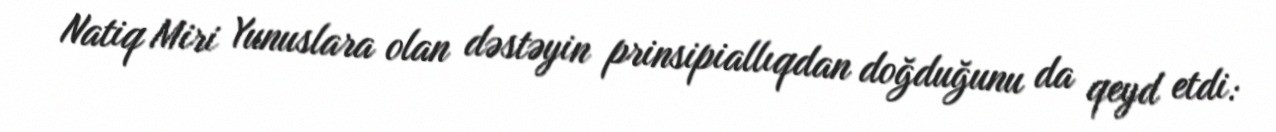
Natiq Miri Yunuslara olan dəstəyin prinsipiallıqdan doğduğunu da qeyd etdi: